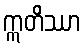
ဣတိဿာ